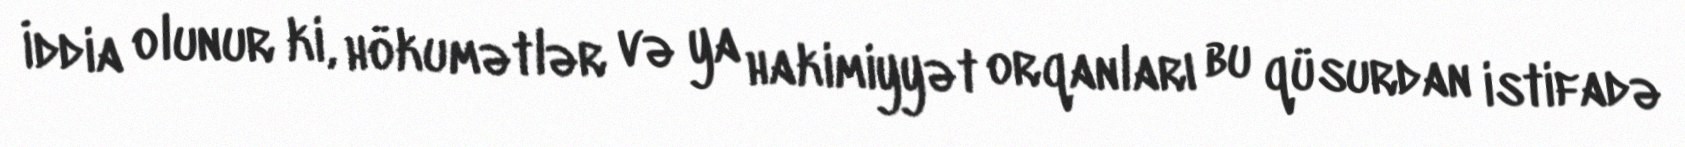
İddia olunur ki, hökumətlər və ya hakimiyyət orqanları bu qüsurdan istifadə